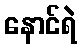
နောင်ရဲ